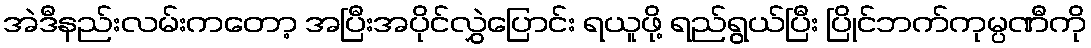
အဲဒီနည်းလမ်းကတော့ အပြီးအပိုင်လွှဲပြောင်း ရယူဖို့ ရည်ရွယ်ပြီး ပြိုင်ဘက်ကုမ္ပဏီကို